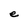
Character: e